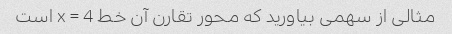
مثالی از سهمی بیاورید که محور تقارن آن خط x = 4 است